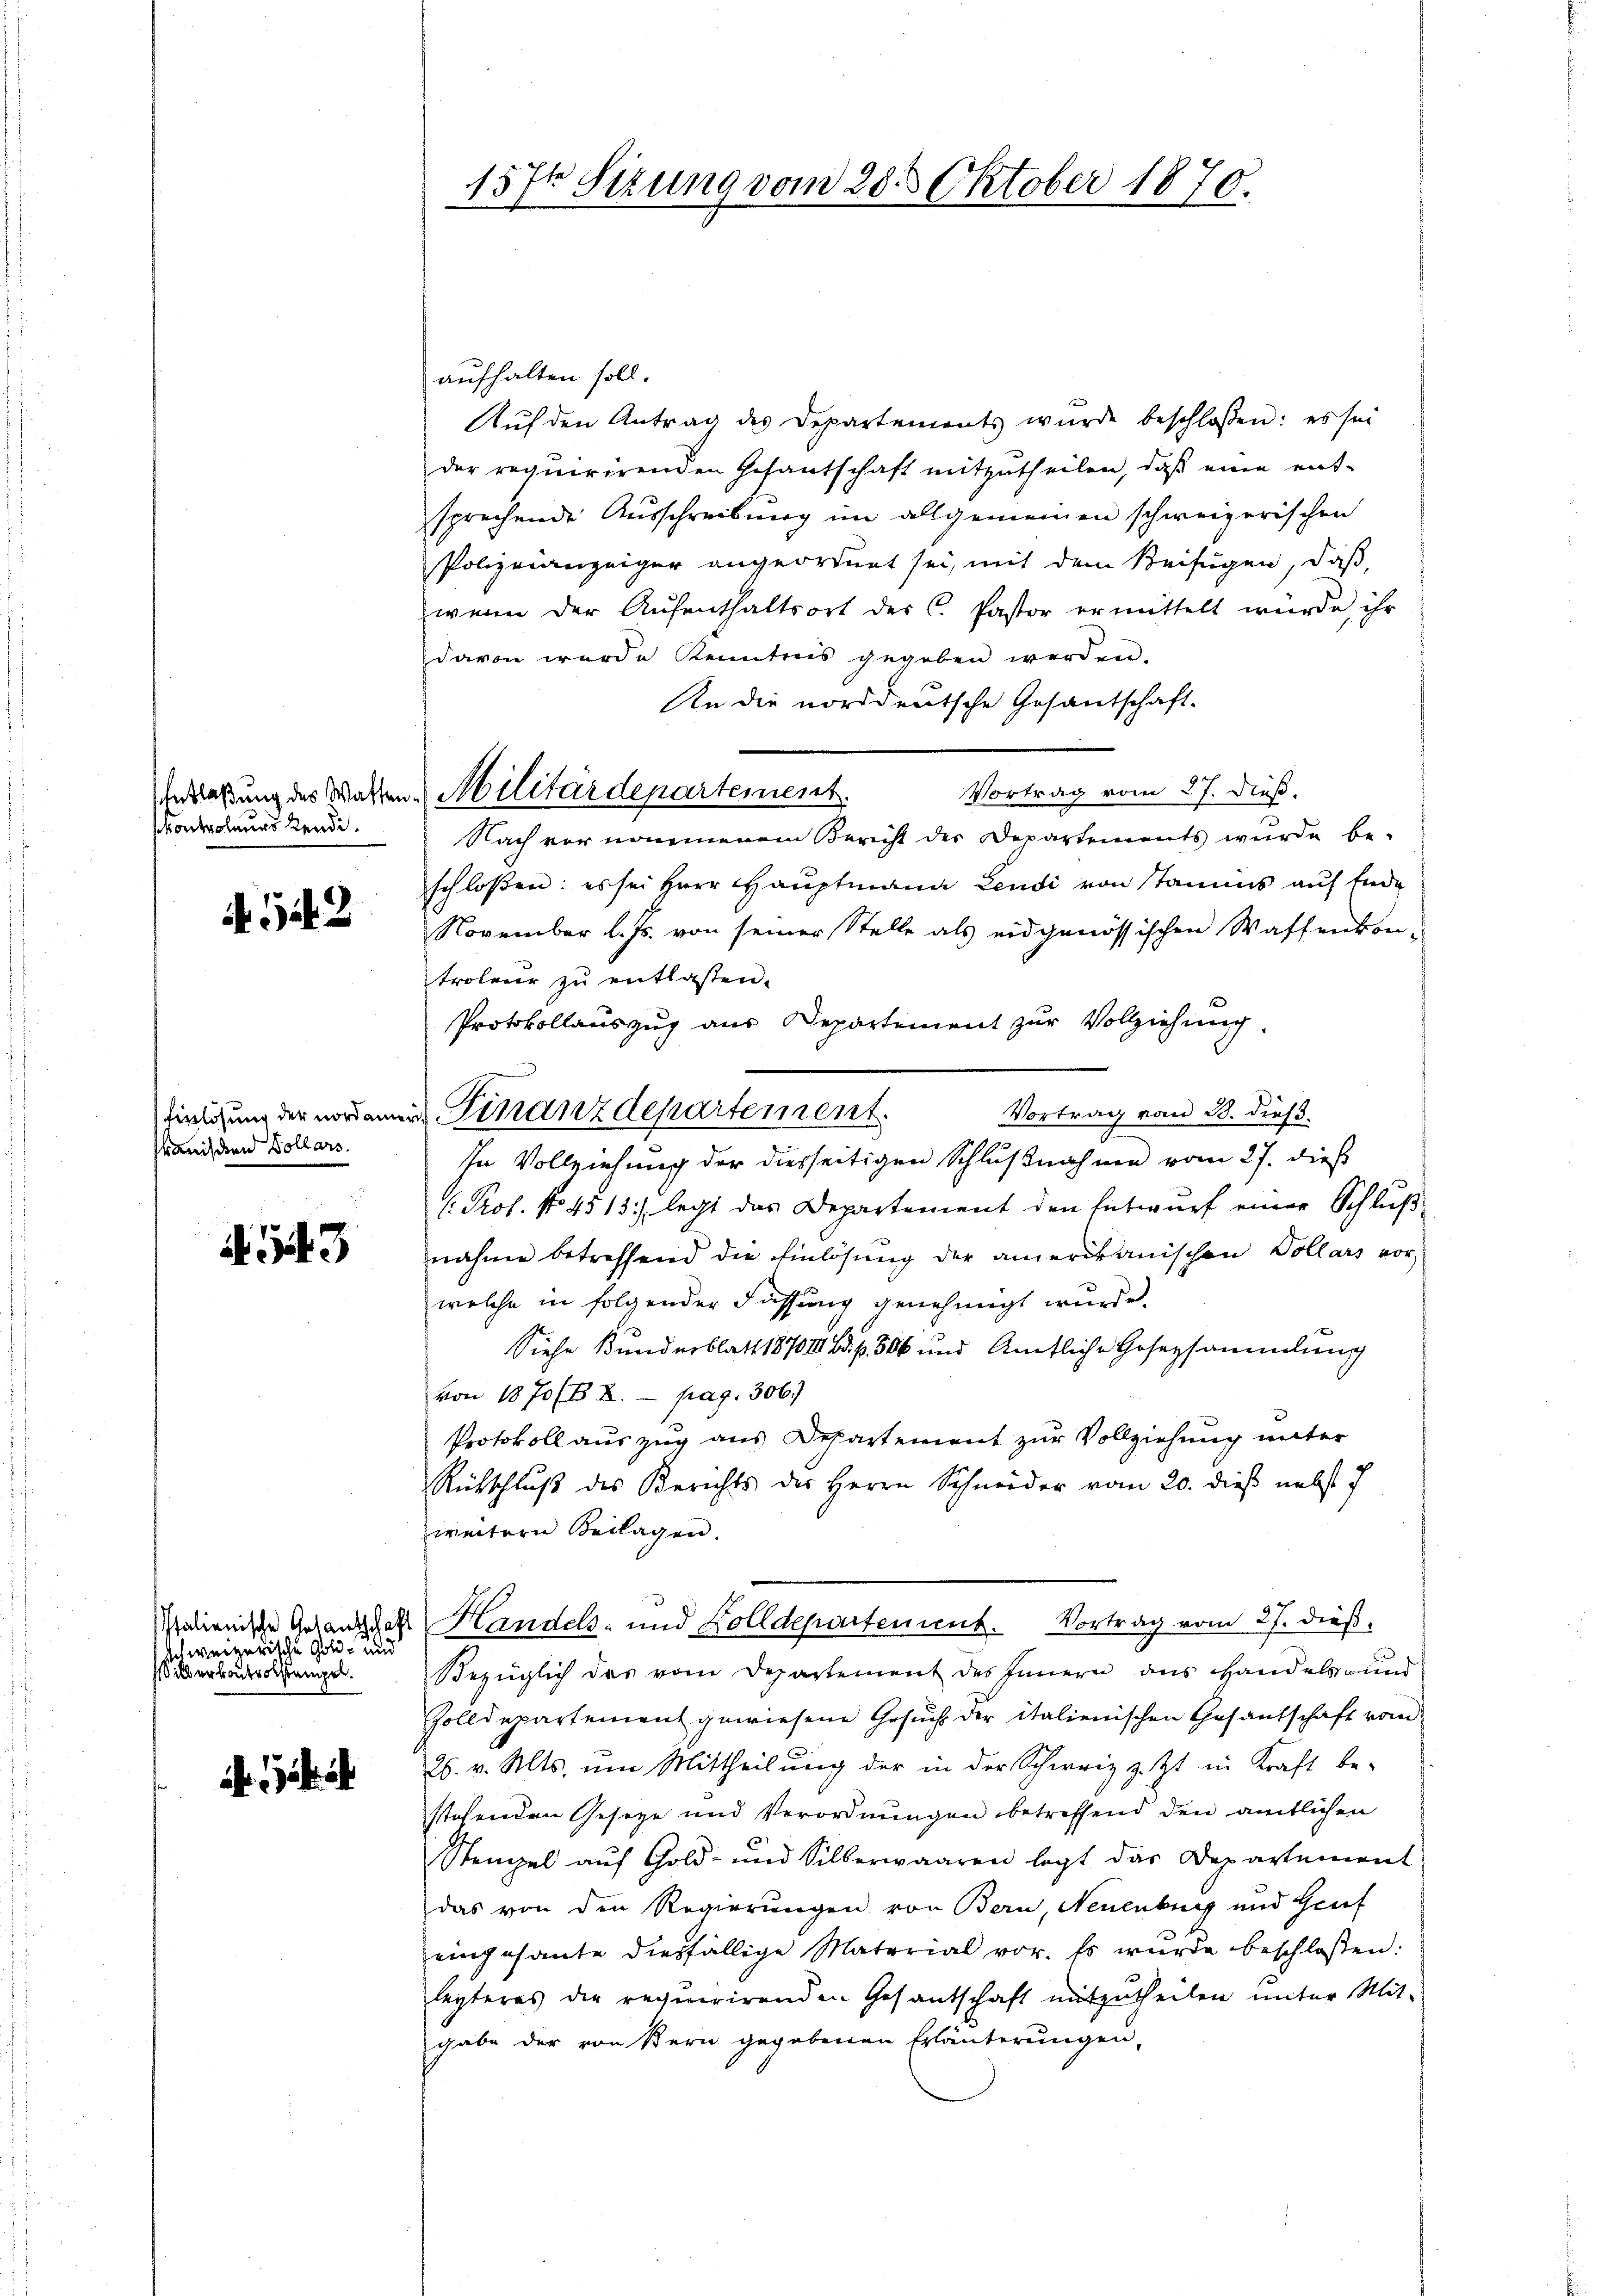
skontroleurs kende.

A. 542

Einlösung der nordamen
kanischen Dollars.

A 143

achweizerische Gold- und
Silberkontrolstempel.

157t Sitzung vom 20. Oktober 1870.

Gerlaßung des Wassen. Militärdepartement.

aufhalten soll.
Auf den Antrag des Departements wurde beschlossen: es sei
der requirirenden Gesantschaft mitzutheilen, daß eine entsprechende Ausschreibung im allgemeinen schweizerischen
Polizeianzeiger angeordnet sei, mit dem Beifügen, daß
wenn der Aŭfenthaltsort des C. Pastor ermittelt würde, ihr
davon wurde Kenntnis gegeben werden.
An die norddeutsche Gesantschaft.
Vortrag vom 27. dieß.
Nach vor nommenem Bericht der Departements wurde be-
schloßen: es sei Herr Hauptmann Leudi von Stamms auf Ende
November l. Js. von seiner Stelle als eidgenössischen Waffenkon-
troleur zu entlassen.
Protokollauszug aus Departement zur Vollziehung.
Vortrag vom 28. dieß.
In Vollziehung der diesseitigen Schlußnahme vom 27. dieß
( Prof. No 4513) legt das Departement den Entwurf einer Schluß
nahme betreffend die Einlösung der amerikanischen Collars vor-
welche in folgender Fassung genehmigt wurde.
Siehe Bundesblatt 1870 III. p. 306 und Amtliche Hosersammlung
von 1870 (B X. pag. 306.)
Protokoll auszug aus Departement zur Vollziehung unter
Rübschluß des Berichts des Herrn Schneider vom 20. dies nebst f
weitern Beilagen.
Malienische Anfang der Handels- und Zolldepartement. Vortrag vom 27. dieß,
Bezüglich des vom Departement des Innern aus Handels- und
Zolldepartement gewiesene Gesŭch der italienischen Gesantschaft vom
26. v. Mts. ŭm Mittheilŭng der in der Schweiz z. Zt. in Kraft be-
stehenden Geseze und Verordnungen betreffend den amtlichen
Stempel auf Gold- und Silberwaaren legt das Departement
das von den Regierungen von Bern, Neuenburg und Genf
eingesante diesfällige Material vor. Es wurde beschlossen:
lezteres die requirirenden Gesantschaft mitzutheilen ŭnter Mit-
gabe der von Bern gegebenen Erläuterungen,

u. Finanzdepartement.